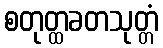
စတုတ္ထခတသုတ္တံ